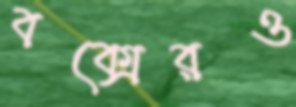
বক্সেরও